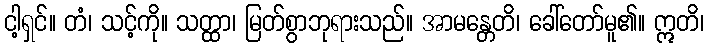
ငါ့ရှင်။ တံ၊ သင့်ကို။ သတ္ထာ၊ မြတ်စွာဘုရားသည်။ အာမန္တေတိ၊ ခေါ်တော်မူ၏။ ဣတိ၊